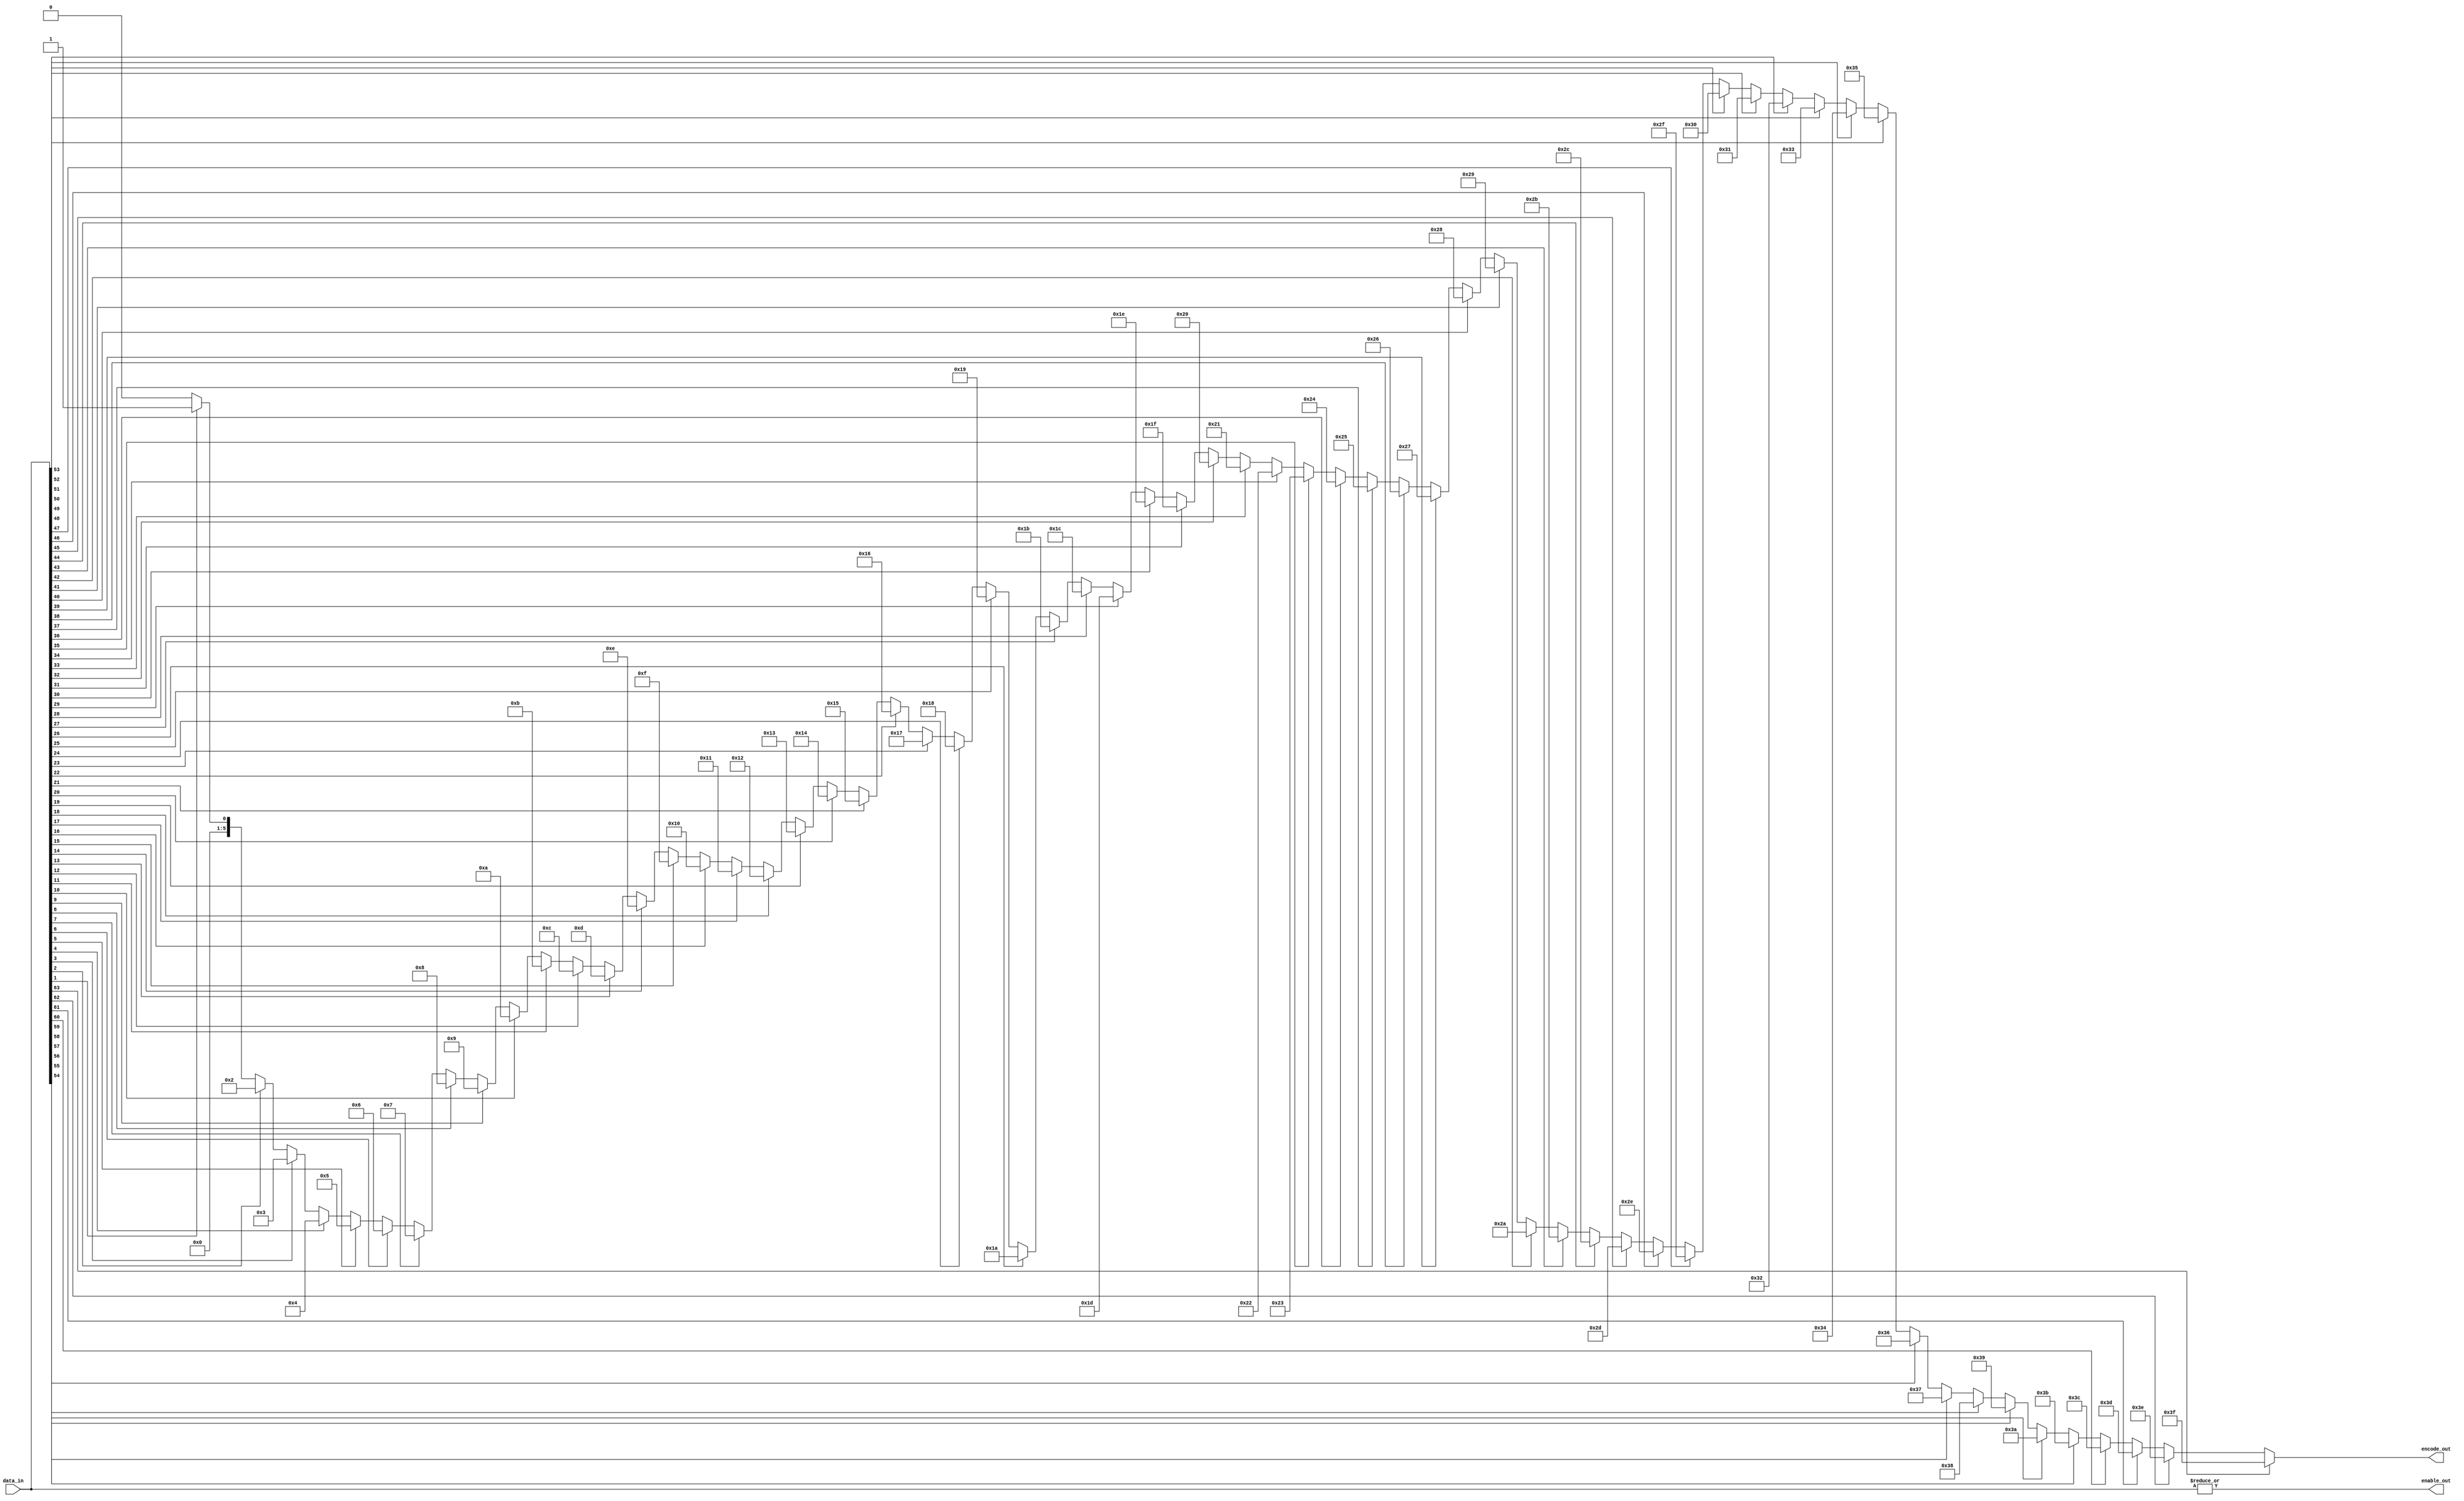
module prior_enc (
                data_in,
                encode_out,
                enable_out
                );
parameter   WIDTH       = 64;
parameter   N           = log2(WIDTH);
input   [WIDTH-1:0]     data_in;
output  [N-1:0]         encode_out;
output                  enable_out;
reg     [N-1:0]         encode_out;
reg                     enable_out;
reg     [N-1:0]         x;
integer i, j;
always @(*)
begin
    j = 0;
    for (i=0; i < WIDTH; i=i+1)
        if (data_in[i] == 1'b1)
            j = i;
    encode_out  = j;
    enable_out  = |{data_in};
end
function integer log2;
input [31:0] depth;
integer k;
begin
    log2 = 1;
    for (k=0; 2**k < depth; k=k+1)
        log2 = k + 1;
end
endfunction     
endmodule